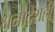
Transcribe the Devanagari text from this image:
धनादेशही